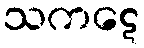
သကဋေ